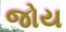
જોય